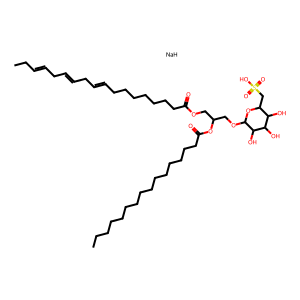
SMILES: CCC=CCC=CCC=CCCCCCCCC(=O)OCC(COC1OC(CS(=O)(=O)O)C(O)C(O)C1O)OC(=O)CCCCCCCCCCCCCCC.[NaH]
Inhibits HIV replication: No